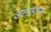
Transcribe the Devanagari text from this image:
अल्टायाक